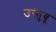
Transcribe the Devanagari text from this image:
उस्तुबू